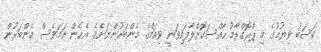
ކަސަބު ވިޔުމުގެ މި ޕްރޮގްރާމު ހާއްސަކޮށްލާފައިވަނީ ވިއަމްގެ މެންބަރުންނަށެވެ. އެހެން ނަމަވެސް މެންބަރުން